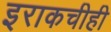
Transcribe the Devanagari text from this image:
इराकचीही